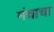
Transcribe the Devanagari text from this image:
मंचाचा